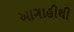
આગાહીથી